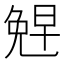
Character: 𪞂